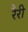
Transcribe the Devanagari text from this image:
रैरी